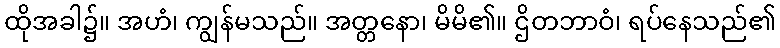
ထိုအခါ၌။ အဟံ၊ ကျွန်မသည်။ အတ္တနော၊ မိမိ၏။ ဌိတဘာဝံ၊ ရပ်နေသည်၏